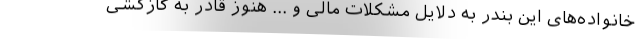
خانواده‌های این بندر به دلایل مشکلات مالی و ... هنوز قادر به گاز‌کشی